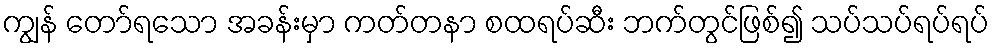
ကျွန် တော်ရသော အခန်းမှာ ကတ်တနာ စထရပ်ဆီး ဘက်တွင်ဖြစ်၍ သပ်သပ်ရပ်ရပ်